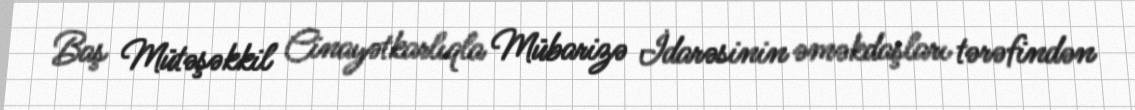
Baş Mütəşəkkil Cinayətkarlıqla Mübarizə İdarəsinin əməkdaşları tərəfindən